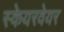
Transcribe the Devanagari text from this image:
स्केयरवेयर